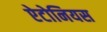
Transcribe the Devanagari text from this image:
ऐटोनियस